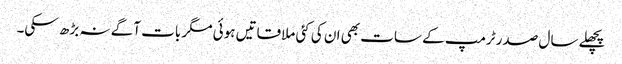
پچھلے سال صدر ٹرمپ کے سات بھی ان کی کئی ملاقاتیں ہوئی مگر بات آگے نہ بڑھ سکی۔